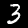
Digit: 3